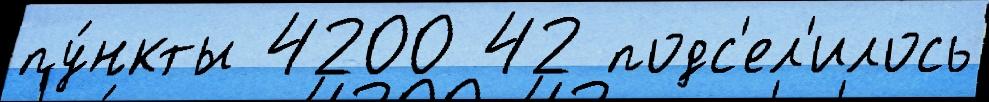
пу́нкты 4200 42 подс'ел'илось